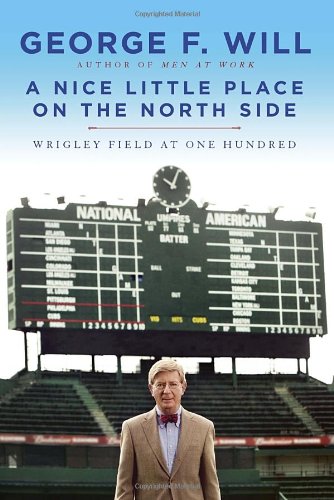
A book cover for A Nice Little Place on the North Side: Wrigley Field at One Hundred; George Will; History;